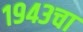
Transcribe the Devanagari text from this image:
१९४३चा